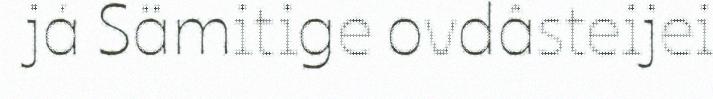
já Sämitige ovdâsteijei